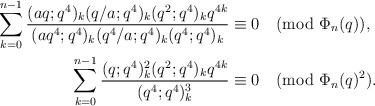
LaTeX: \begin{align*}\sum_{k=0}^{n-1} \frac{(aq;q^4)_k (q/a;q^4)_k (q^2;q^4)_kq^{4k}}{(aq^4;q^4)_k (q^4/a;q^4)_k (q^4;q^4)_k}&\equiv 0\pmod{\Phi_n(q)},\\\sum_{k=0}^{n-1} \frac{(q;q^4)_k^2 (q^2;q^4)_k q^{4k}}{(q^4;q^4)_k^3}&\equiv 0\pmod{\Phi_n(q)^2}.\end{align*}